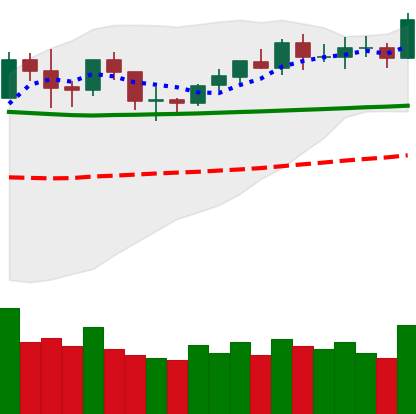
Ticker: BNB-USD
Chart end date: 2020-02-05
Forward return: 31.243%
Label: up_7plus